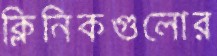
ক্লিনিকগুলোর